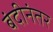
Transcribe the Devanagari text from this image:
बंदीनंतर